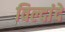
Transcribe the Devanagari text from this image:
विल्दांदे